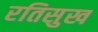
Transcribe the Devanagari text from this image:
रतिसुख